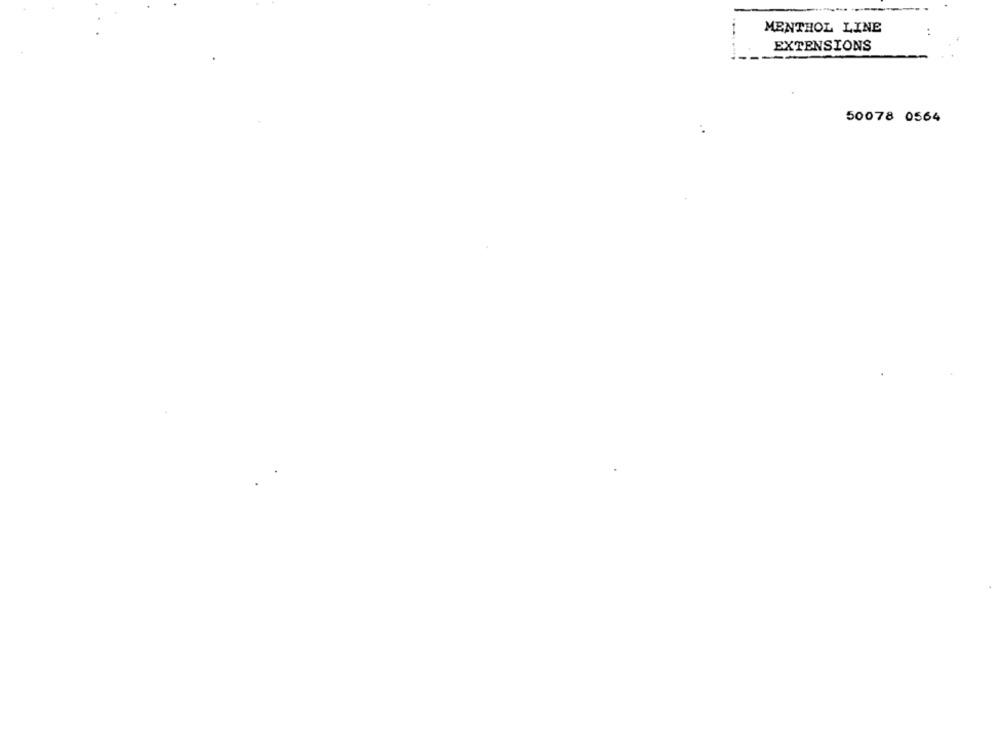
MENTHOL LINE
EXTENSIONS
50078 0564